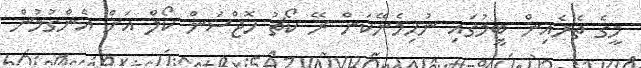
މީގެ ތެރެއިން ޓީމުގައި ނުހިމެނޭކަން ރޭ ކޯޗު ހޮޖްސަން ކޯލް އަށް އެންގުމުން